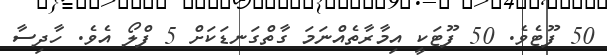
50 ފޫޓެވެ. 50 ފޫޓަކީ އިމާރާތެއްނަމަ ގާތްގަނޑަކަށް 5 ފްލޯ އެވެ. ހާދިސާ